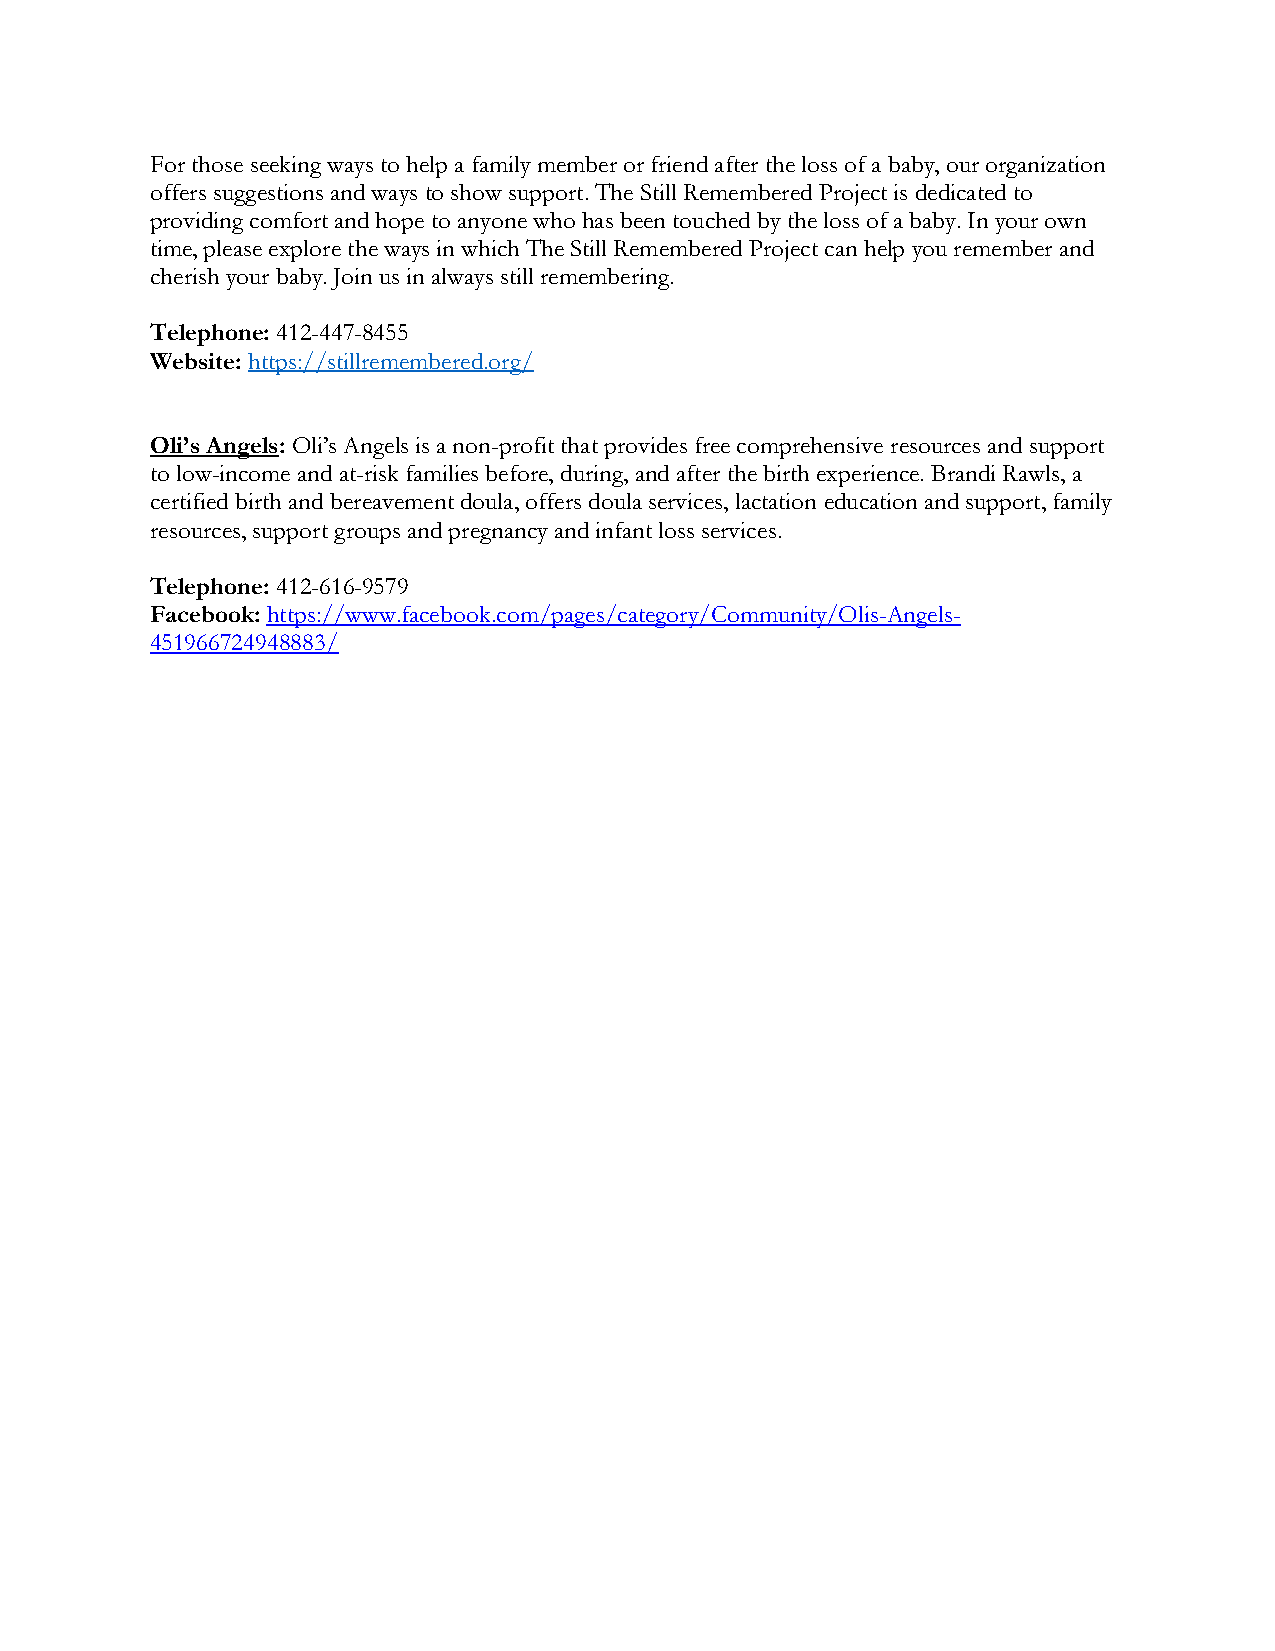
For those seeking ways to help a family member or friend after the loss of a baby, our organization
 offers suggestions and ways to show support. The Still Remembered Project is dedicated to
 providing comfort and hope to anyone who has been touched by the loss of a baby. In your own
 time, please explore the ways in which The Still Remembered Project can help you remember and
 cherish your baby. Join us in always still remembering.
 Telephone: 412-447-8455
 Website: https://stillremembered.org/
 Oli’s Angels: Oli’s Angels is a non-profit that provides free comprehensive resources and support
 to low-income and at-risk families before, during, and after the birth experience. Brandi Rawls, a
 certified birth and bereavement doula, offers doula services, lactation education and support, family
 resources, support groups and pregnancy and infant loss services.
 Telephone: 412-616-9579
 Facebook: https://www.facebook.com/pages/category/Community/Olis-Angels-
 451966724948883/